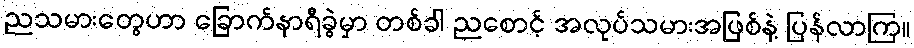
ညသမားတွေဟာ ခြောက်နာရီခွဲမှာ တစ်ခါ ညစောင့် အလုပ်သမားအဖြစ်နဲ့ ပြန်လာကြ။